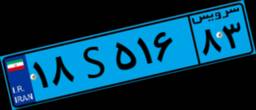
۱۸S۵۱۶۸۳